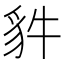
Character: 𧲤